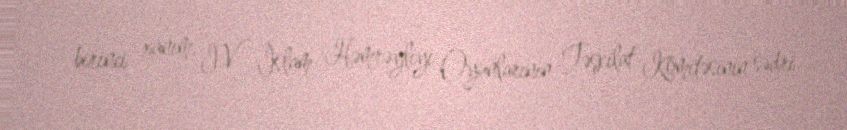
birinci xanım, IV İslam Həmrəyliyi Oyunlarının Təşkilat Komitəsinin sədri